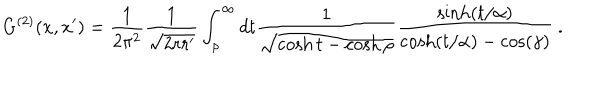
G ^ { ( 2 ) } ( x , x ^ { \prime } ) = \frac 1 { 2 \pi ^ { 2 } } \frac 1 { \sqrt { 2 r r ^ { \prime } } } \int _ { \rho } ^ { \infty } d t \frac 1 { \sqrt { \cosh t - \cosh \rho } } \frac { \sinh ( t / \alpha ) } { \cosh ( t / \alpha ) - \cos ( \gamma ) } \ .